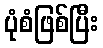
ပုံစံဖြစ်ပြီး